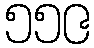
၅၅၉